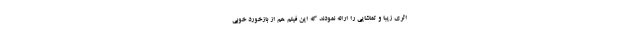
اثری زیبا و تماشایی را ارائه نمودند که این فیلم هم از بازخورد خوبی